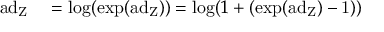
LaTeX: \begin{array} { r l } { \mathrm { a d _ { Z } } } & { { } = \mathrm { l o g } ( \mathrm { e x p ( \mathrm { a d } _ { Z } ) } ) = \mathrm { l o g } ( 1 + ( \mathrm { e x p ( \mathrm { a d } _ { Z } ) - 1 ) } ) } \end{array}